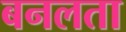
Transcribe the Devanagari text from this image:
बनलता